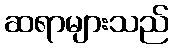
ဆရာများသည်